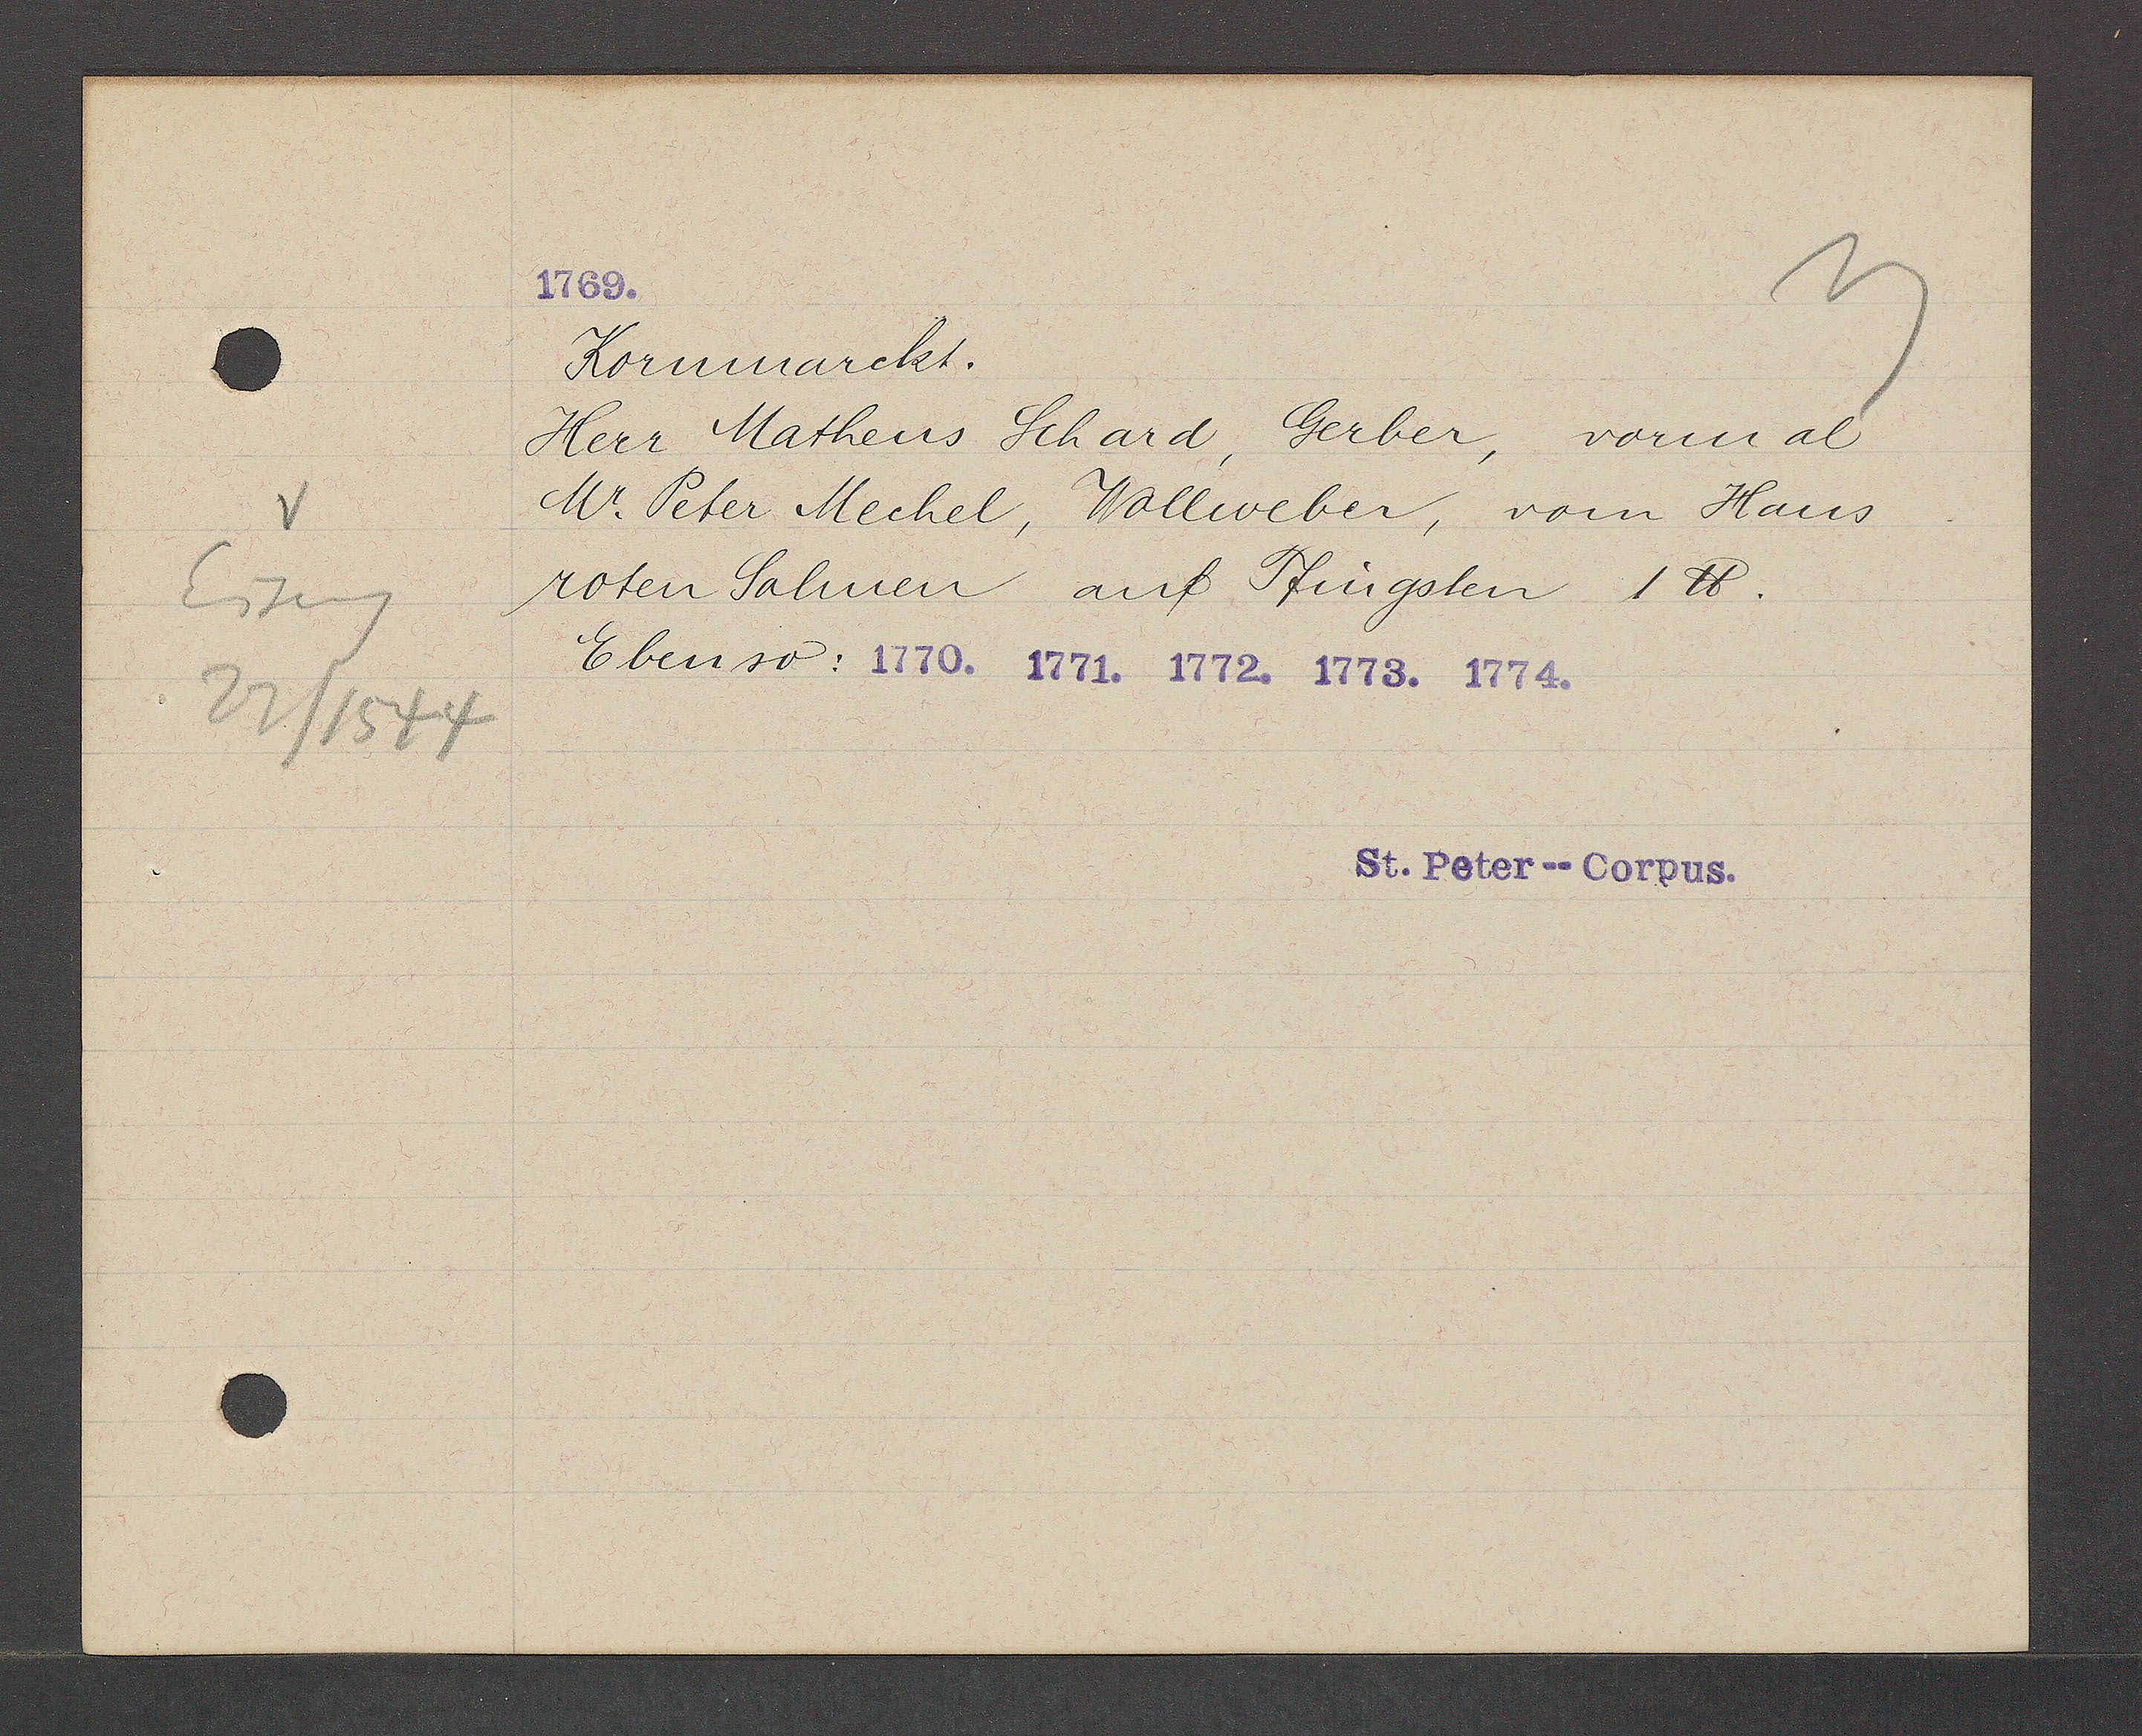
Transcript:
Eiseng
22/1544

Kornmarckt.
Herr Matheus Schard, Gerber, vormal
Mr. Peter Mechel, Wollweber, vom Haus
roten Salmen auf Pfingsten 1 ℔.
Ebenso: